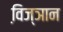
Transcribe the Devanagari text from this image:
वि़ज्ञान